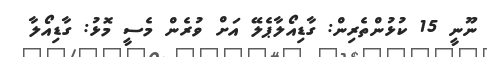
ނޫނީ 15 ކުޅުންތެރިން: ގާޑިއޯލާޕެލޭ އަށް ވުރެން މެސީ މޮޅު: ގާޑިއޯލާ